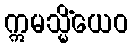
ဣမသ္မိံယေဝ